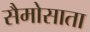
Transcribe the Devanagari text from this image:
सैमोसाता